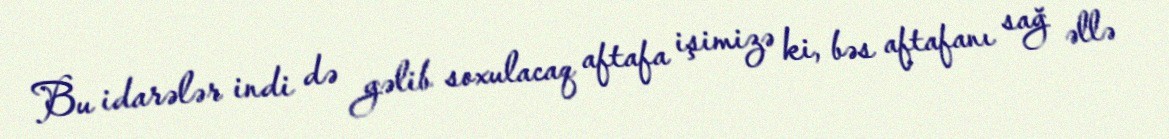
Bu idarələr indi də gəlib soxulacaq aftafa işimizə ki, bəs aftafanı sağ əllə